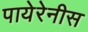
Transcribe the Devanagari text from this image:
पायेरेनीस